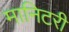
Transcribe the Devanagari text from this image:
मानिटरी